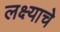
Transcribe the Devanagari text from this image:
लक्ष्याचे